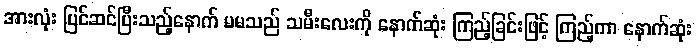
အားလုံး ပြင်ဆင်ပြီးသည့်နောက် မမသည် သမီးလေးကို နောက်ဆုံး ကြည့်ခြင်းဖြင့် ကြည့်ကာ နောက်ဆုံး